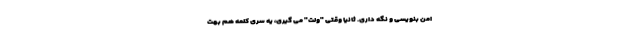
امن بنویسی و نگه داری. ثانیاً وقتی "ولت" می گیری، یه سری کلمه هم بهت